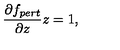
\frac { \partial f _ { p e r t } } { \partial z } z = 1 ,